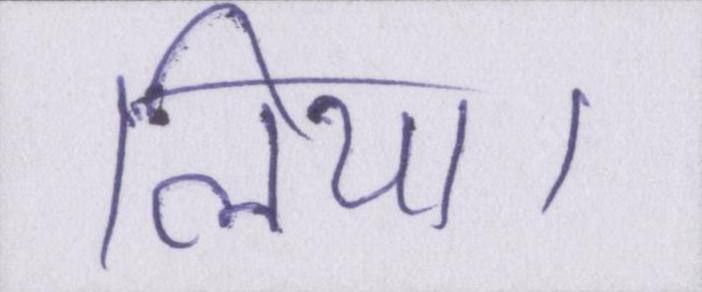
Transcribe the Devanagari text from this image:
लिया।